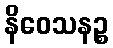
နိဝေသနဉ္စ